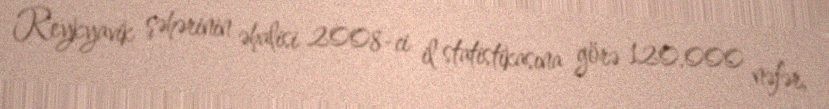
Reykyavik şəhərinin əhalisi 2008-ci il statistikasına görə 120.000 nəfər,